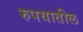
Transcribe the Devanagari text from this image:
रुपयातील